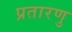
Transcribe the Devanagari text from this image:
प्रतारणु